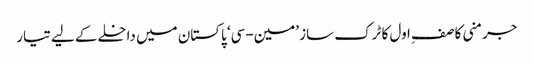
جرمنی کا صفِ اول کا ٹرک ساز ’مین-سی‘ پاکستان میں داخلے کے لیے تیار